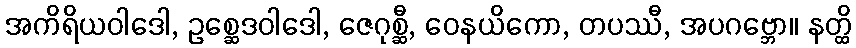
အကိရိယဝါဒေါ, ဥစ္ဆေဒဝါဒေါ, ဇေဂုစ္ဆီ, ဝေနယိကော, တပဿီ, အပဂဗ္ဘော။ နတ္ထိ